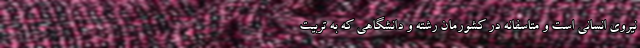
نیروی انسانی است و متاسفانه در کشورمان رشته و دانشگاهی که به تربیت